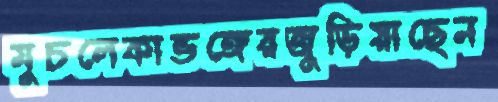
মুচলেকাভঙ্গেরজুড়িয়াছেন